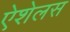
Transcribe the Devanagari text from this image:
ऐशेलस